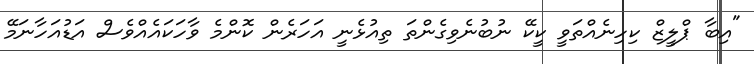
"އިބާ ޕްލީޒް ކިހިނެއްތަވީ ކީކޭ ނުބުނެވިގެންތަ ތިއުޅެނީ އަހަރެން ކޮންމެ ވާހަކައެއްވެސް އަޑުއަހާނަމޭ